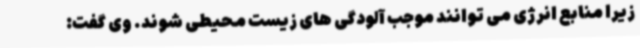
زیرا منابع انرژی می توانند موجب آلودگی های زیست محیطی شوند. وی گفت: